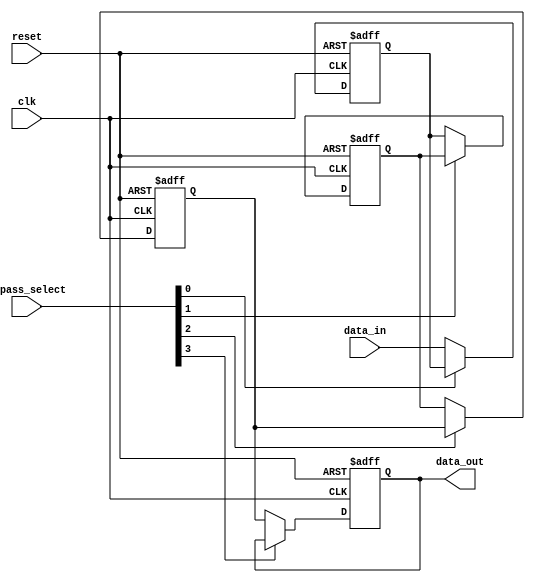
module bypass_register (
    input wire clk,
    input wire reset,
    input wire [3:0] bypass_select,
    input wire [31:0] data_in,
    output reg [31:0] data_out
);

reg [31:0] reg1, reg2, reg3, reg4;

always @(posedge clk or posedge reset) begin
    if (reset) begin
        reg1 <= 0;
        reg2 <= 0;
        reg3 <= 0;
        reg4 <= 0;
    end else begin
        reg1 <= (bypass_select[0]) ? reg1 : data_in;
        reg2 <= (bypass_select[1]) ? reg2 : reg1;
        reg3 <= (bypass_select[2]) ? reg3 : reg2;
        reg4 <= (bypass_select[3]) ? reg4 : reg3;
    end
end

assign data_out = reg4;

endmodule